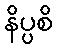
နိပ္ပစိ